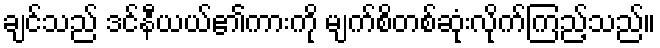
ချင်သည် ဒင်နီယယ်၏ကားကို မျက်စိတစ်ဆုံးလိုက်ကြည့်သည်။